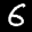
Label: 6